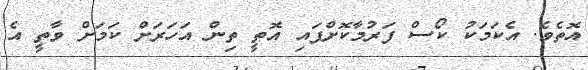
އޮތެވެ. އެކަމަކު ކޯސް ފަރުމާކޮށްފައި އޮތީ ތިން އަހަރަށް ކަމަށް ވާތީ އެ